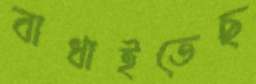
বাধাইতেছ